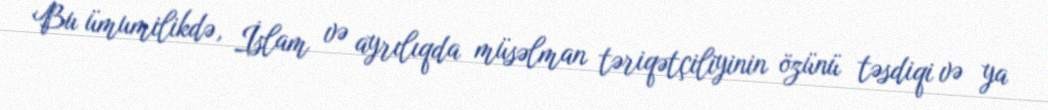
Bu ümumilikdə, İslam və ayrılıqda müsəlman təriqətçiliyinin özünü təsdiqi və ya